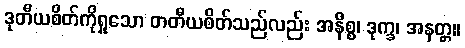
ဒုတီယစိတ်ကိုရှုသော တတီယစိတ်သည်လည်း အနိစ္စ၊ ဒုက္ခ၊ အနတ္တ။